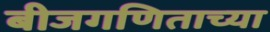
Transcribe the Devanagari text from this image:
बीजगणिताच्या